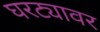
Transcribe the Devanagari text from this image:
घरट्यावर